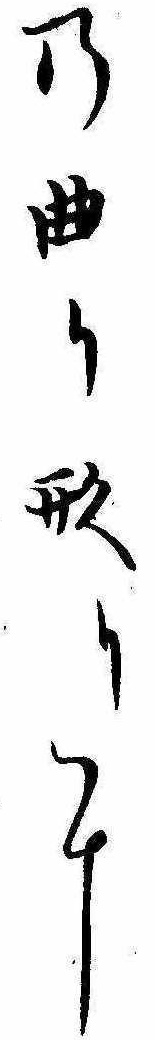
の曲り形りに